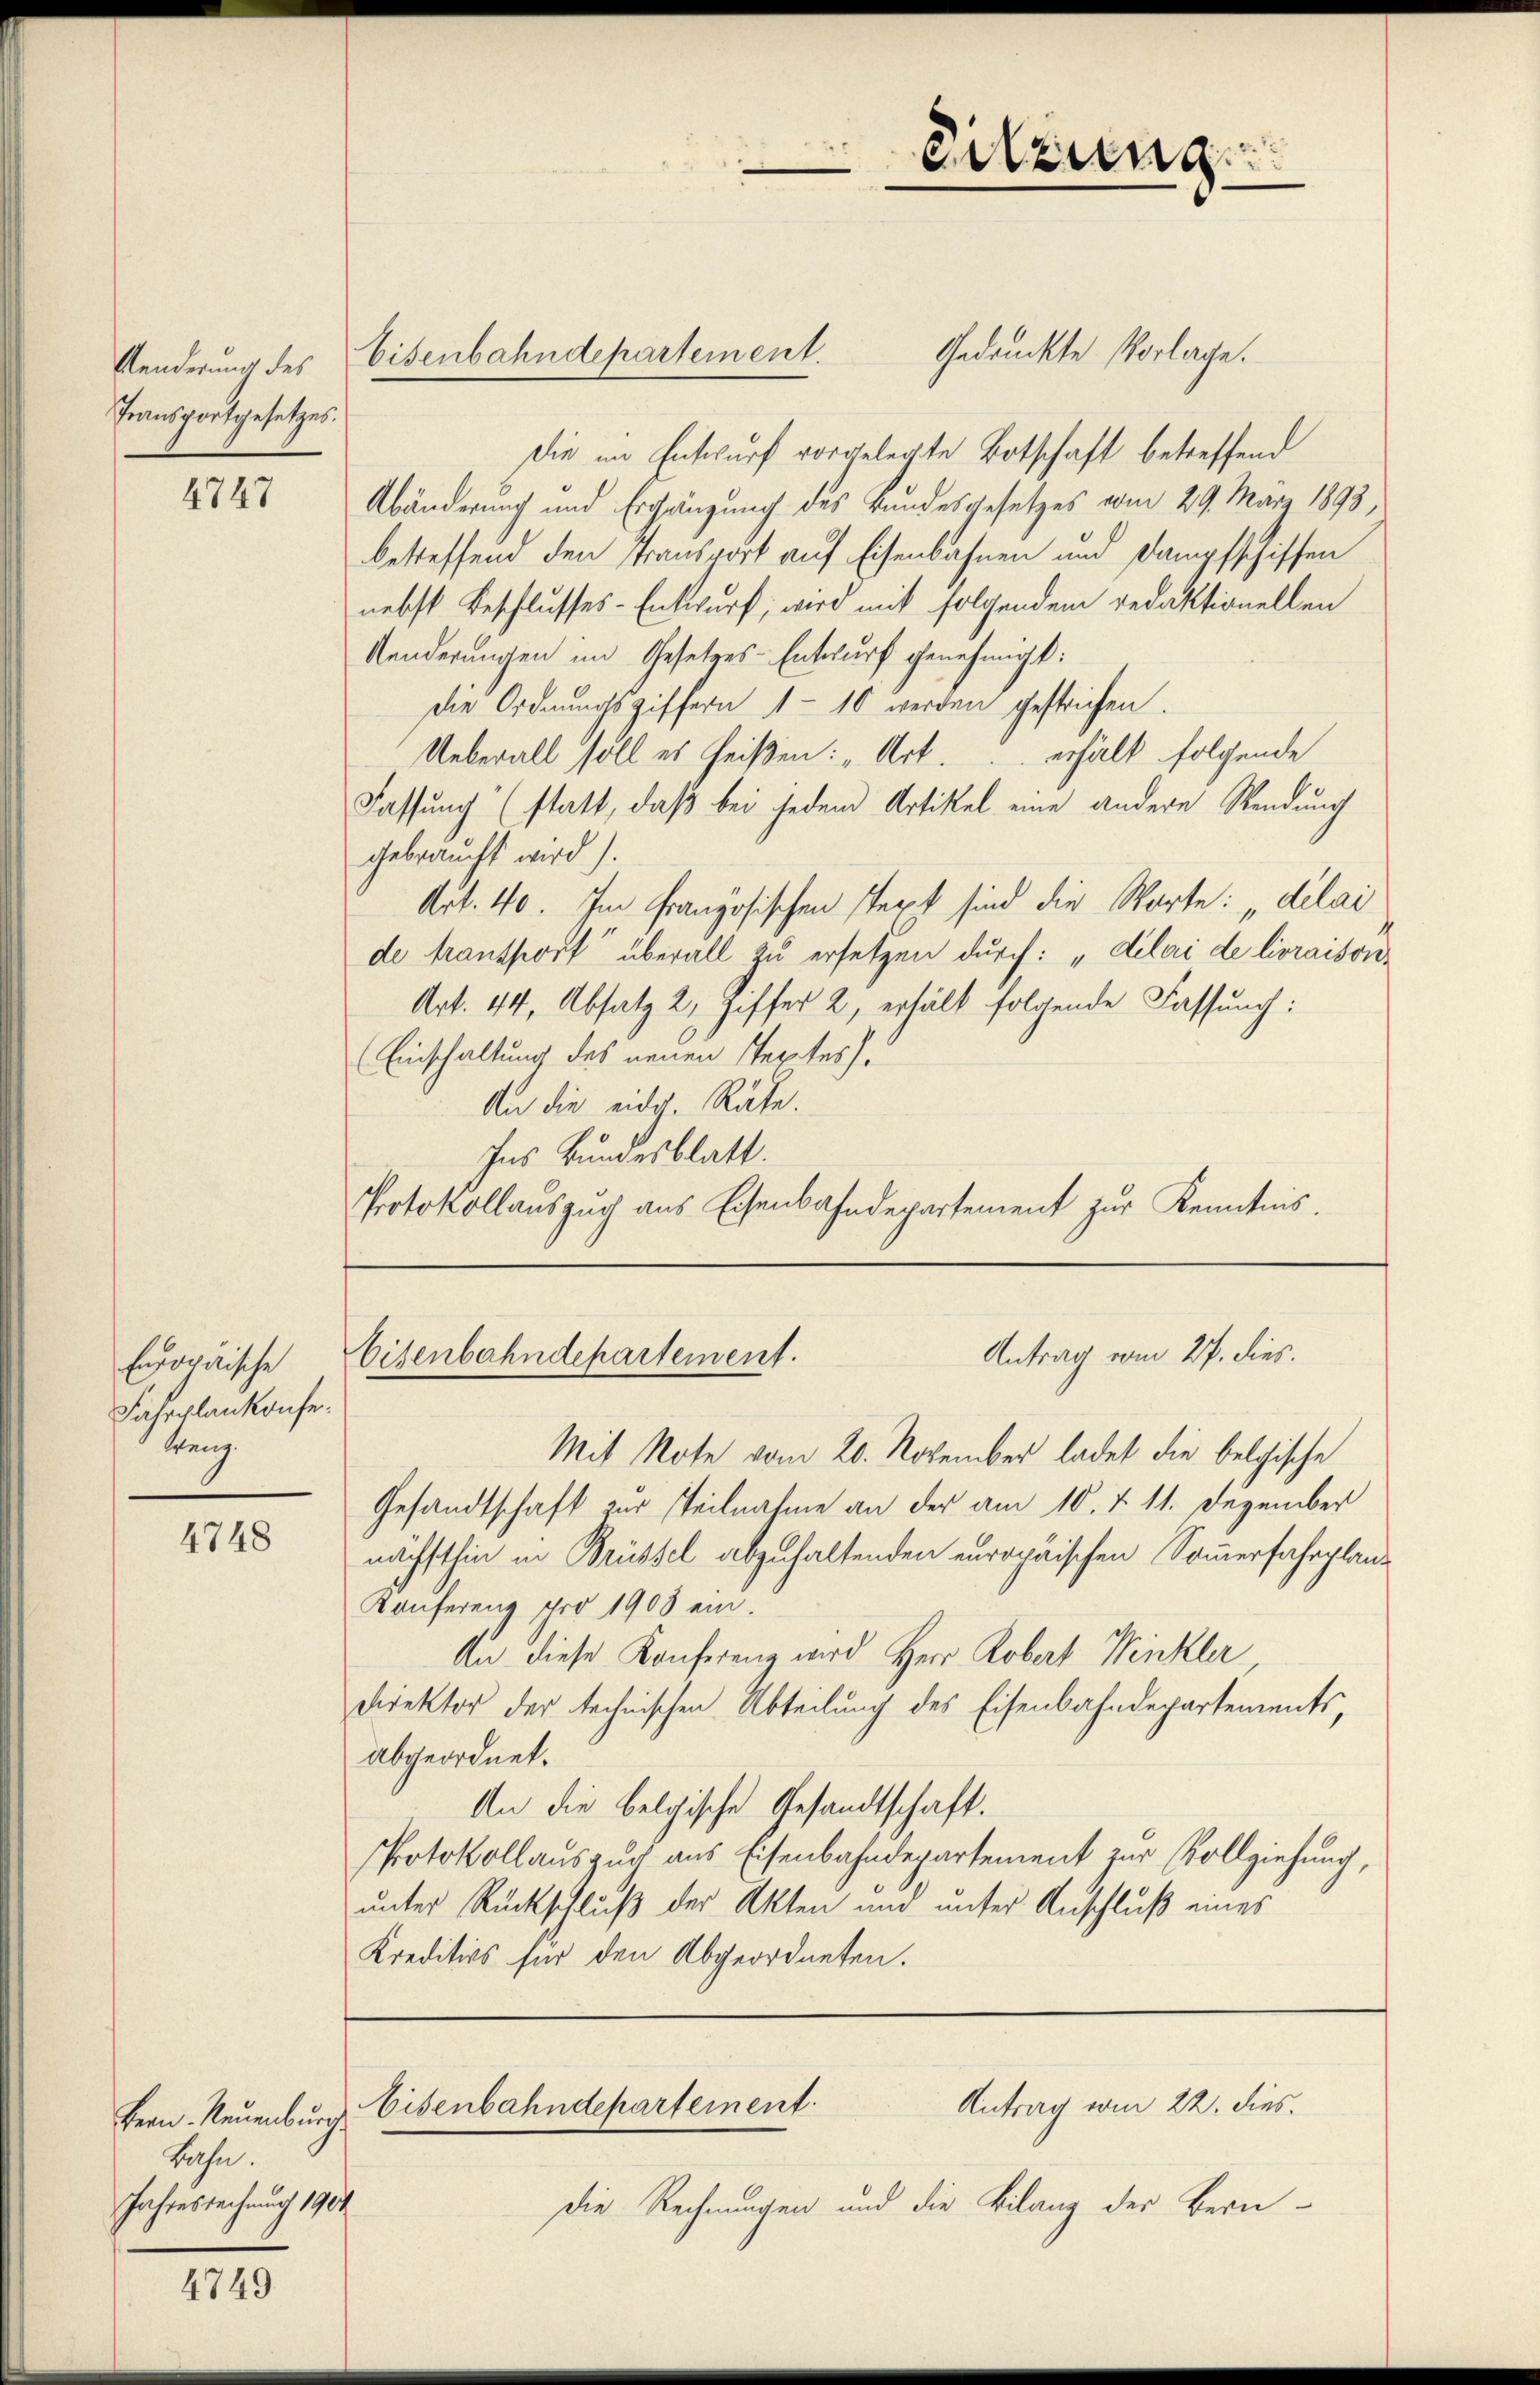
Aenderung des
Transportgesetzes.

4747

Emporärische
Fahrplankonfe¬
Weng.

4748

Bern. Neuenburg.
Bahn.
Jahresrechnung 1904

4749

Gedruckte Vorlage.
Die im Entwurf vorgelegte Botschaft betreffend
Abänderung und Ergänzung des Bundesgesetzes vom 29. März 1893,
betreffend den Transport auf Eisenbahnen und Dampfschiffen
nebst Beschlusses-Entwurf, wird mit folgendem redaktionellen
Aenderungen im Gesetzes-Entwurf genehmigt:
die Ordnungsziffern 1-10 werden gestrichen.
Ueberall soll es heißen: „Art. erhält folgende
Fassung“ (statt, daß bei jedem Artikel eine andere Wendung
gebraucht wird).
Art. 40. Im französischen Pert sind die Worte: „delai
de kantwort überall zu ersetzen durch: „Kelai de livraison¬
Art. 44, Absatz 2, Ziffer 2, erhält folgende Fassung:
(Einschaltung des neuen Textes).
An die eidg. Räte.
Ins Bundesblatt.
Protokollauszug aus Eisenbahndepartement zŭr Kenntnis.

Eisenbahndepartement.

Sitzung

Antrag vom 27. dies.
Eisenbahndepartement.

Mit Note vom 20. November ladet die belgische
Gesandtschaft zur Teilnahme an der am 10. d. 11. Dezember
nächsthin in Brüssel abzuhaltenden europäischen Sommerfahrplan¬
Konferenz pro 1903 ein.
An diese Konferenz wird Herr Robert Winkler
Direktor der technischen Abteilung des Eisenbahndepartements,
abgeordnet.
An die belgische Gesandtschaft.
Protokollauszug aus Eisenbahndepartement zur Vollziehung,
unter Rückschluß der Akten und unter Anschluß eines
Kreditivs für den Abgeordneten.

Antrag vom 22. dies
Eisenbahndepartement

Die Rechnungen und die Bilanz der Bern¬